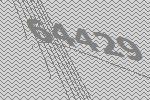
64429